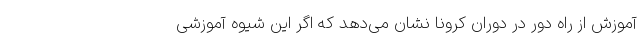
آموزش از راه دور در دوران کرونا نشان می‌دهد که اگر این شیوه آموزشی